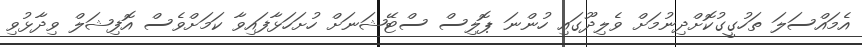
އެމައްސަލަ ތަހުގީގުކޮށްދިނުމަށް ވެލިދޫގައި ހުންނަ ޕޮލިސް ސްޓޭޝަނަށް ހުށަހަޅާފައިވާ ކަމަށްވެސް އޮފިޝަލް ވިދާޅުވި